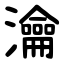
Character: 㵸